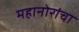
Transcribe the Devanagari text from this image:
महानोरांचा